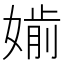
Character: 𡠔